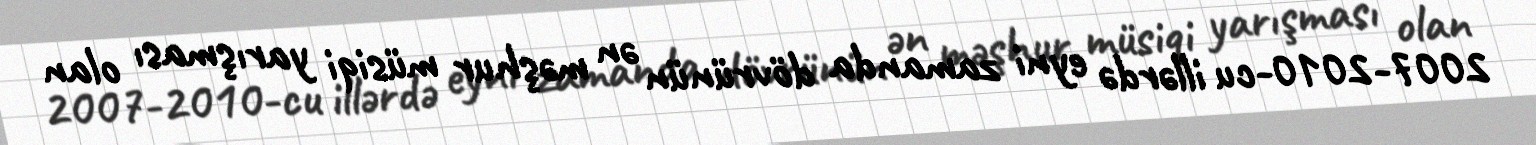
2007-2010-cu illərdə eyni zamanda dövrünün ən məşhur müsiqi yarışması olan